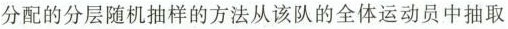
分配的分层随机抽样的方法从该队的全体运动员中抽取